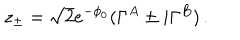
LaTeX: z _ { \pm } = \sqrt { 2 } e ^ { - \phi _ { 0 } } ( \Gamma ^ { A } \pm i \Gamma ^ { B } ) \, .